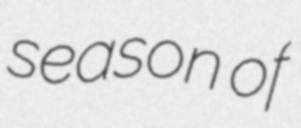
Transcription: season of